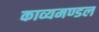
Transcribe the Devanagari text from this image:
काव्यमण्डल